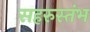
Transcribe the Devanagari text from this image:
सहरुस्तंभ